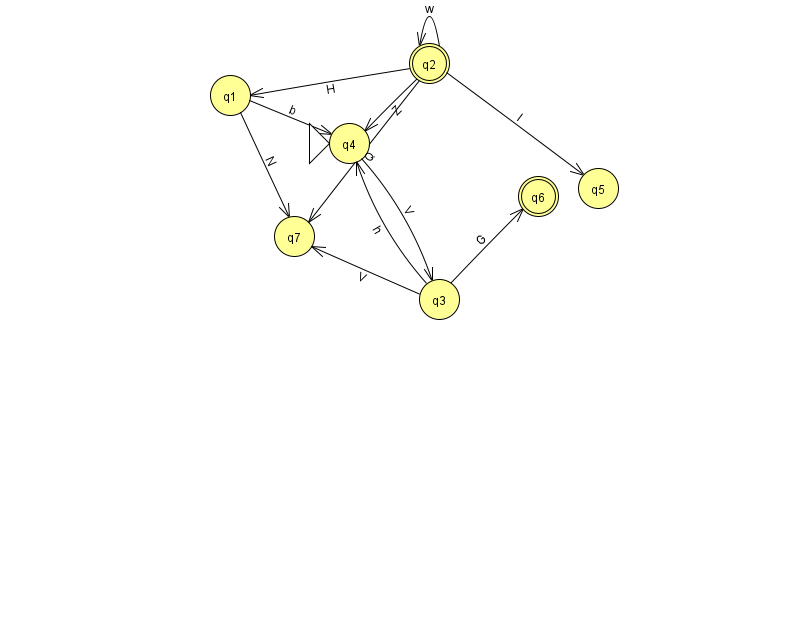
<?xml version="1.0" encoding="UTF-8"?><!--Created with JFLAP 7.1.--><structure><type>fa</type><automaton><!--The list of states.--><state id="1" name="q1"><x>230.0</x><y>82.0</y></state><state id="2" name="q2"><x>429.0</x><y>50.0</y><final/></state><state id="3" name="q3"><x>439.0</x><y>286.0</y></state><state id="4" name="q4"><x>349.0</x><y>130.0</y><initial/></state><state id="5" name="q5"><x>598.0</x><y>175.0</y></state><state id="6" name="q6"><x>538.0</x><y>183.0</y><final/></state><state id="7" name="q7"><x>294.0</x><y>223.0</y></state><!--The list of transitions.--><transition><from>3</from><to>7</to><read>V</read></transition><transition><from>2</from><to>1</to><read>H</read></transition><transition><from>1</from><to>7</to><read>N</read></transition><transition><from>2</from><to>5</to><read>l</read></transition><transition><from>3</from><to>6</to><read>G</read></transition><transition><from>2</from><to>7</to><read>Q</read></transition><transition><from>4</from><to>3</to><read>V</read></transition><transition><from>2</from><to>2</to><read>w</read></transition><transition><from>1</from><to>4</to><read>b</read></transition><transition><from>2</from><to>4</to><read>Z</read></transition><transition><from>3</from><to>4</to><read>h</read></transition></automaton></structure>